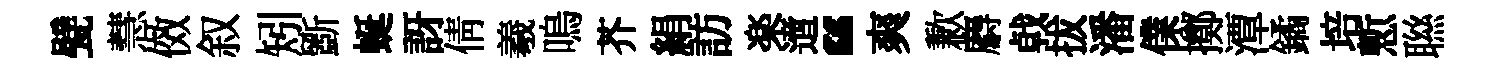
甓慧傚叙矧斵蜒訝倩羲嗚芥絹訪楽𨗁“爽歉麝㦸拔潘㒒擲潭鐍培慙聮